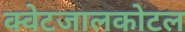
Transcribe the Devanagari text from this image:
क्वेटजालकोटल